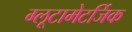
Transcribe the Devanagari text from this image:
ग्लूटामेटर्जिक